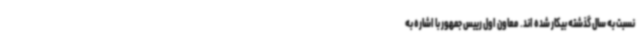
نسبت به سال گذشته بیکار شده اند. معاون اول رییس جمهور با اشاره به